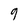
Character: 9